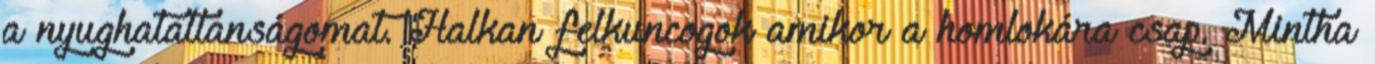
a nyughatatlanságomat. Halkan felkuncogok amikor a homlokára csap. Mintha